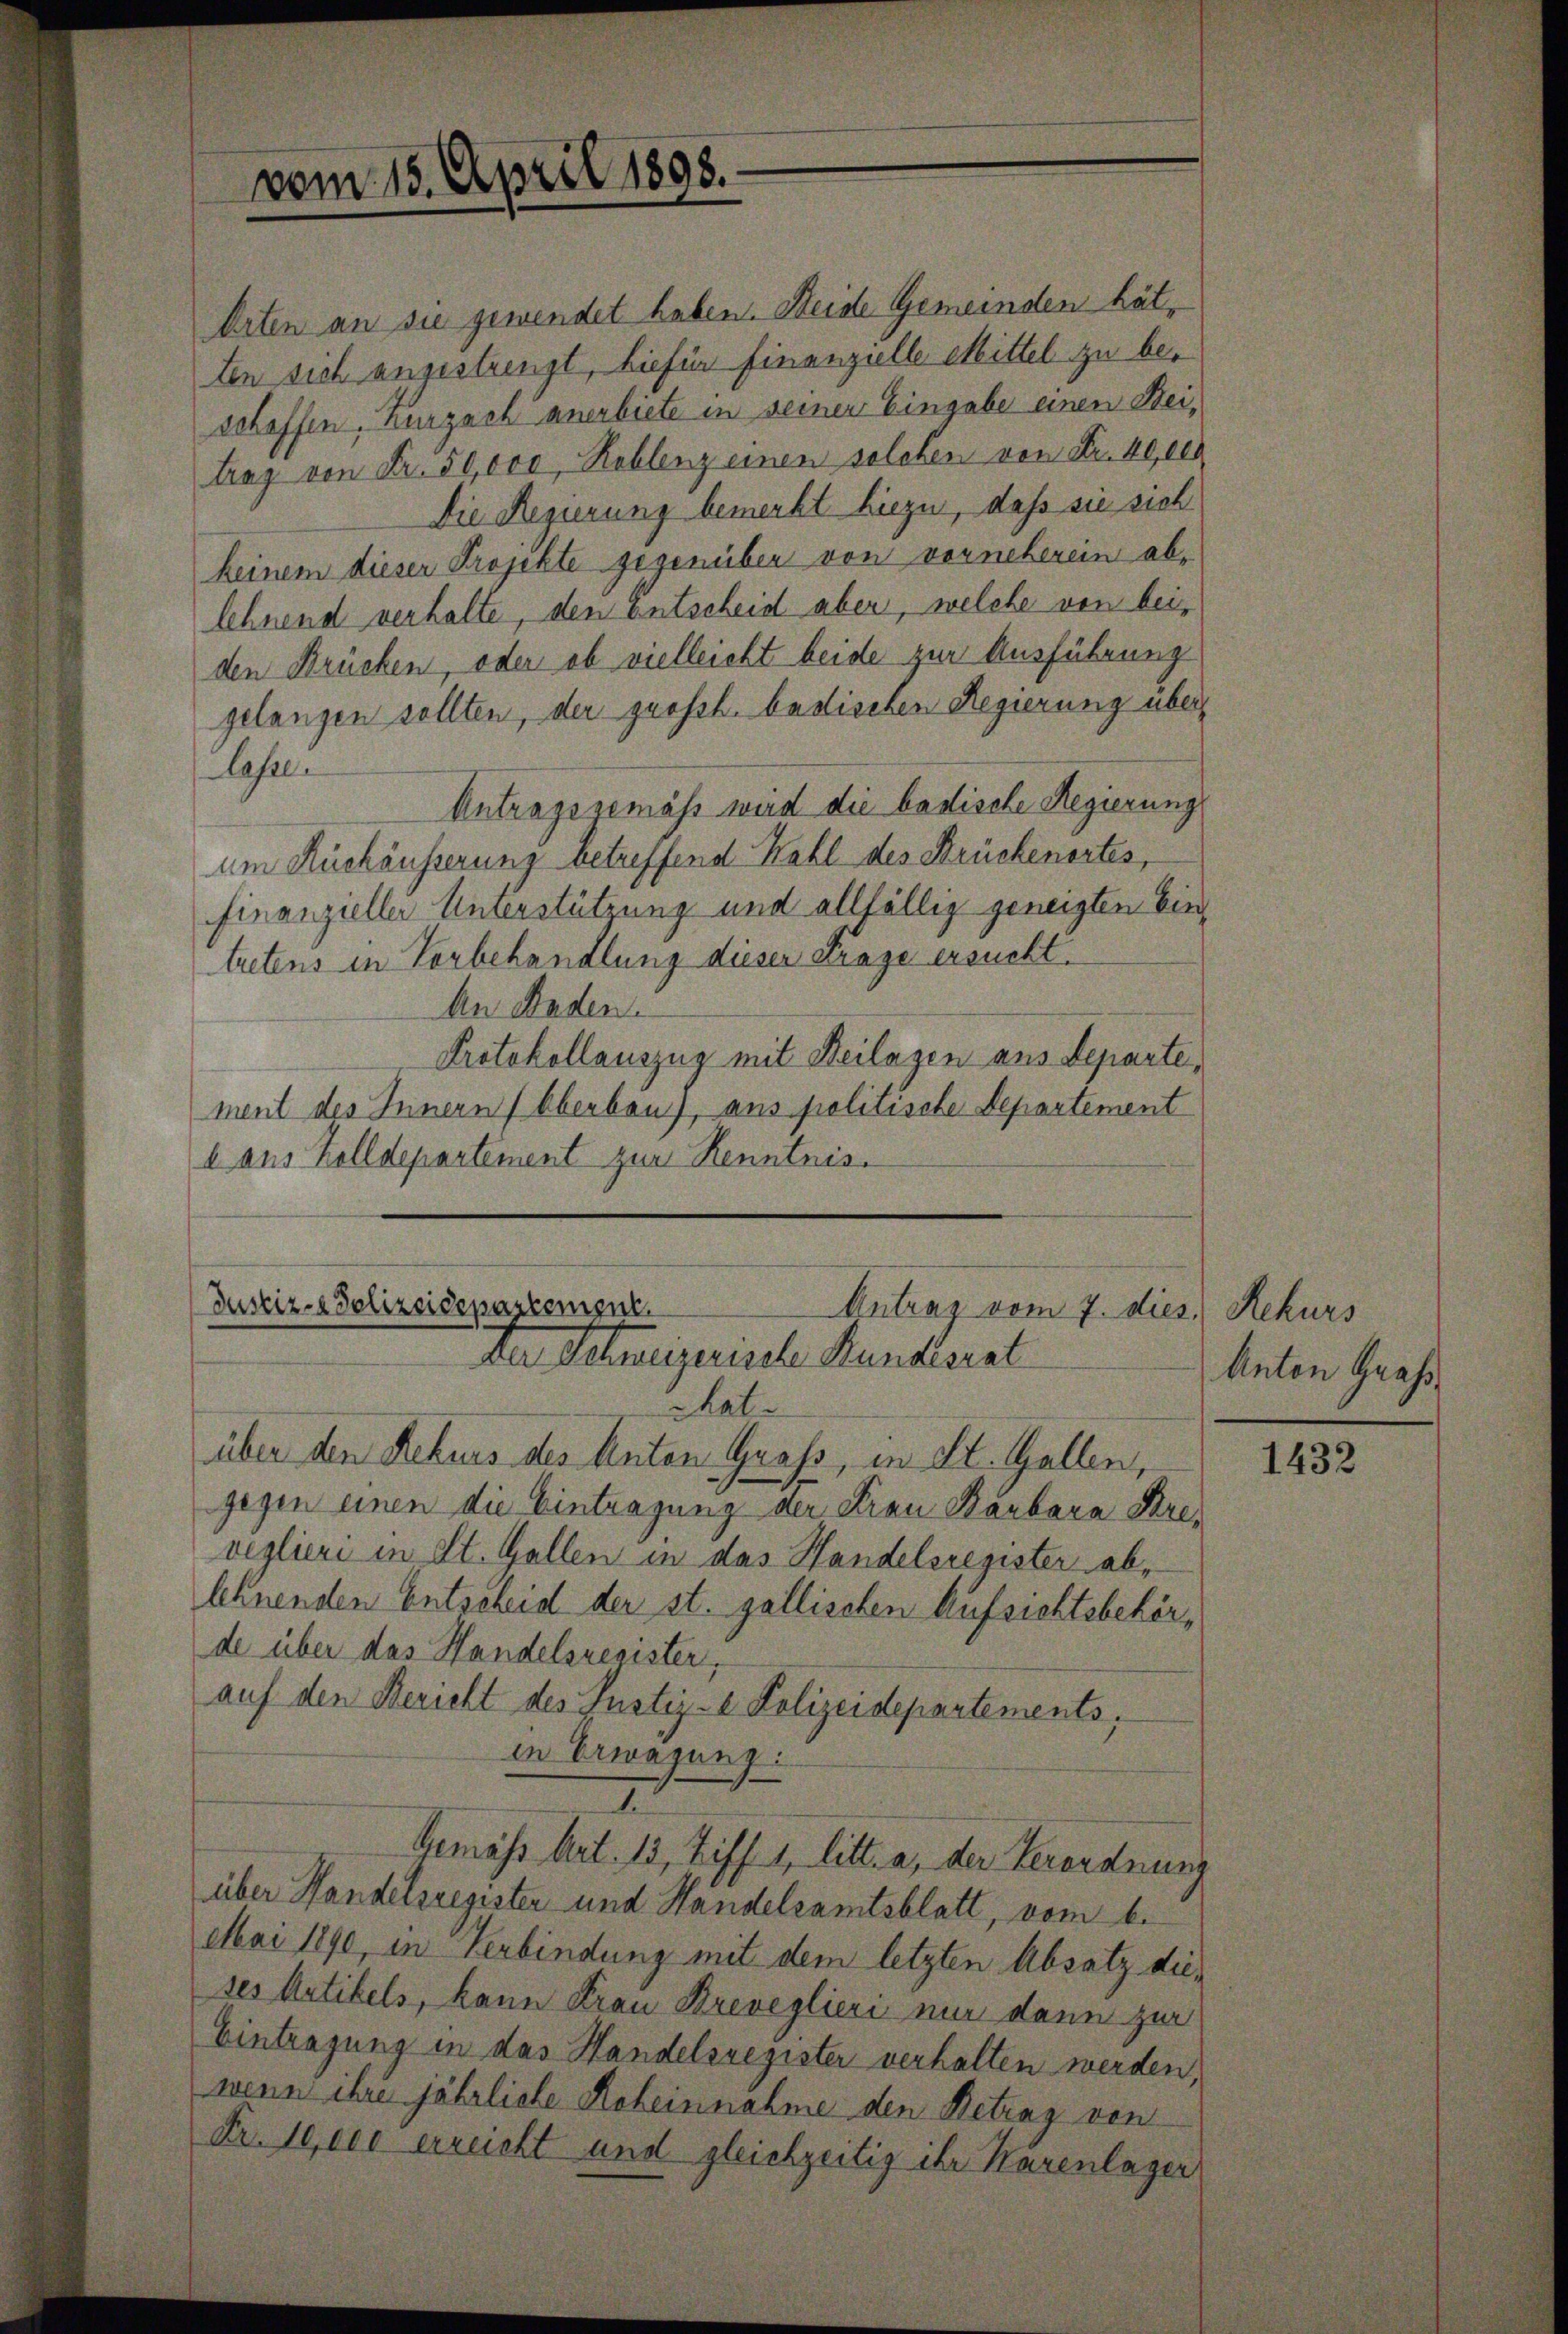
Orten an sie gewendet haben. Seide Gemeinden hätten sich angestrengt, hiefür Finanzielle Mittel zu beschoffen, nurzach anerbiete in seiner Eingabe einen Steitrag von Fr. 50,000, Reblenz einen solchen von Fr. 49 des
Die Regierung bemerkt hiezu, daß sie sich
keinem dieser Projekte gegenüber von vorneherein ablehnend verhalte, den Entscheid aber, welche von beiden Brücken, oder ob vielleicht beide zur Ausführung
gelangen sollten, der großh. badischen Regierung überlasse
Antragsgemäss wird die badische Regierung
um Rückäusserung betreffend Kahl des Strückenortes,
finanzieller Unterstützung und allfällig geneigten Eintretens in Vorbehandlung dieser arage ersucht.
An Baden.
Protokollauszug mit Beilagen aus Departe,
ment des Innern (Oberbau), aus politische Departement
l aus Zolldepartement zur Kenntnis.

vom 15. April 1898.

chat.
über den Rekurs des Anton Gras, in St. Gallen,
gegen einen die Eintragung der Frau Barbara Kreveglieri in St. Gallen in das Handelsregister ablehnenden Entscheid der st. gallischen Aufsichtsbehörde über das Handelsregister,
auf den Bericht des Justiz- & Polizeidepartements,
in Erwägung:
Gemäss Art. 13, Ziff. 1, litt. a, der Verordnung
über Handelsregisten und Handelsamtsblatt, vom 6.
Mai 1890, in Verbindung mit dem letzten Absatz dieses Artikels, kann Frau Breveglieri mir dann zur
Eintragung in das Handelsregister verhalten werden,
wenn ihre jährliche Roheinnahme den Betrag von
Fr. 10,000 erreicht und gleichzeitig ihr Karenlager

Justiz-Polizeidepartement.
Antrag vom 7. dies Rekurs
Der Schweizerische Kundesrat

Anton Grafs

1432